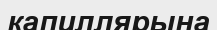
капиллярына